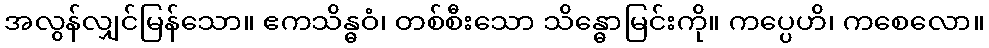
အလွန်လျှင်မြန်သော။ ဧကသိန္ဓဝံ၊ တစ်စီးသော သိန္ဓောမြင်းကို။ ကပ္ပေဟိ၊ ကစေလော။